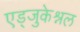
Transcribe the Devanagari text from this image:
एड्जुकेश्नल